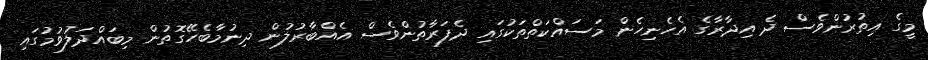
މީގެ އިތުރުންވެސް ދެ އިދާރާގެ އެހެނިހެން މަސައްކަތްތަކުގައި ދެފަރާތުންވެސް އެއްބާރުލުން ދިނުމާބެހޭގޮތުން މިބައްދަލުވުމުގައި